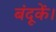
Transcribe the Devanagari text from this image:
बंदूकें।